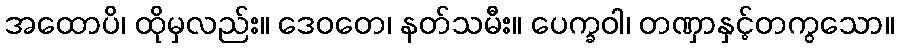
အထောပိ၊ ထိုမှလည်း။ ဒေဝတေ၊ နတ်သမီး။ ပေက္ခဝါ၊ တဏှာနှင့်တကွသော။